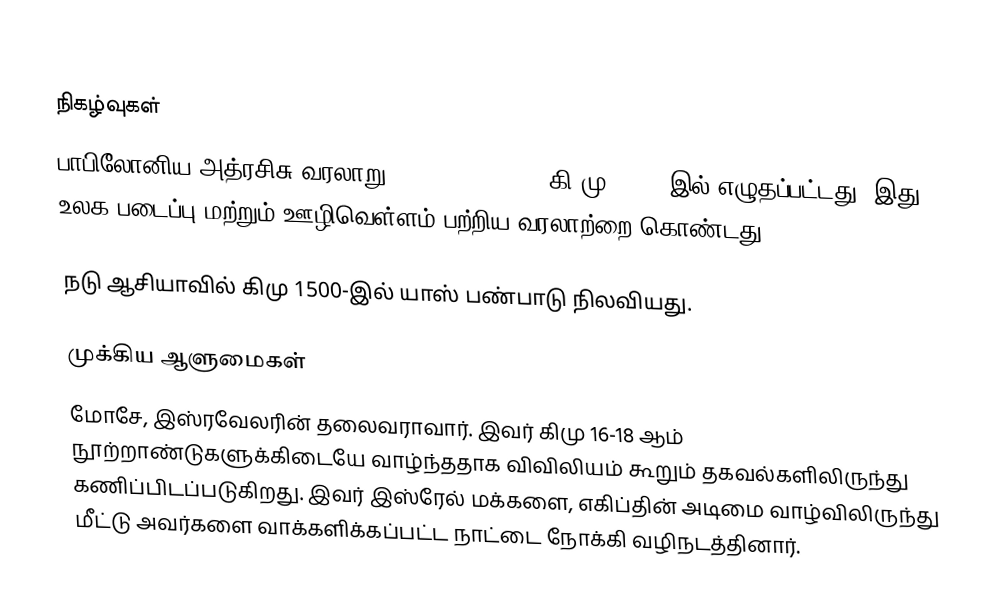

நிகழ்வுகள்
 பாபிலோனிய அத்ரசிசு வரலாறு (Atrahasis Epic) கி.மு. 1700 இல் எழுதப்பட்டது. இது உலக படைப்பு மற்றும் ஊழிவெள்ளம் பற்றிய வரலாற்றை கொண்டது.

 நடு ஆசியாவில் கிமு 1500-இல் யாஸ் பண்பாடு நிலவியது.

முக்கிய ஆளுமைகள்
 மோசே, இஸ்ரவேலரின் தலைவராவார். இவர் கிமு 16-18 ஆம் நூற்றாண்டுகளுக்கிடையே வாழ்ந்ததாக விவிலியம் கூறும் தகவல்களிலிருந்து கணிப்பிடப்படுகிறது. இவர் இஸ்ரேல் மக்களை, எகிப்தின் அடிமை வாழ்விலிருந்து மீட்டு அவர்களை வாக்களிக்கப்பட்ட நாட்டை நோக்கி வழிநடத்தினார்.